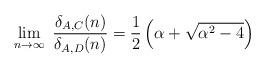
LaTeX: \begin{align*}\lim_{n \to \infty }~\frac{\delta_{A, C}(n)}{\delta_{A, D}(n)} = \frac{1}{2}\left(\alpha + \sqrt{\alpha^2 - 4} \right)\end{align*}